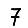
Digit: 7